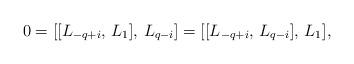
LaTeX: \begin{align*}0 = [[L_{-q+i}, \, L_{1}], \, L_{q-i}] = [[L_{-q+i}, \, L_{q-i}], \,L_{1}],\end{align*}